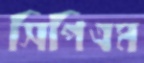
সিপিএম